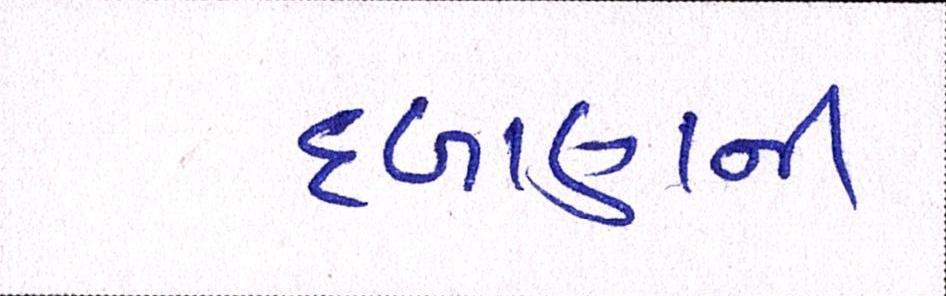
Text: દબાણની